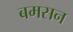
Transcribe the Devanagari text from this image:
बमसन